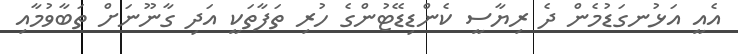
އެއީ އަޅުނގަޑުމެން ދެ ރިޔާސީ ކެންޑިޑޭޓުންގެ ހުރި ތަފާތަކީ އަދި ގާނޫނަށް ތަބާވުމާއި